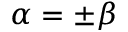
\alpha = \pm \beta